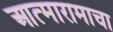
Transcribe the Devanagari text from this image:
आत्मारामाचा